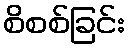
စိစစ်ခြင်း